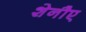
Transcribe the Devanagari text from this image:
शेनौए